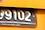
9102